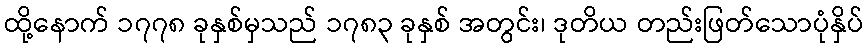
ထို့နောက် ၁၇၇၈ ခုနှစ်မှသည် ၁၇၈၃ ခုနှစ် အတွင်း၊ ဒုတိယ တည်းဖြတ်သောပုံနှိပ်